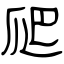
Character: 爬